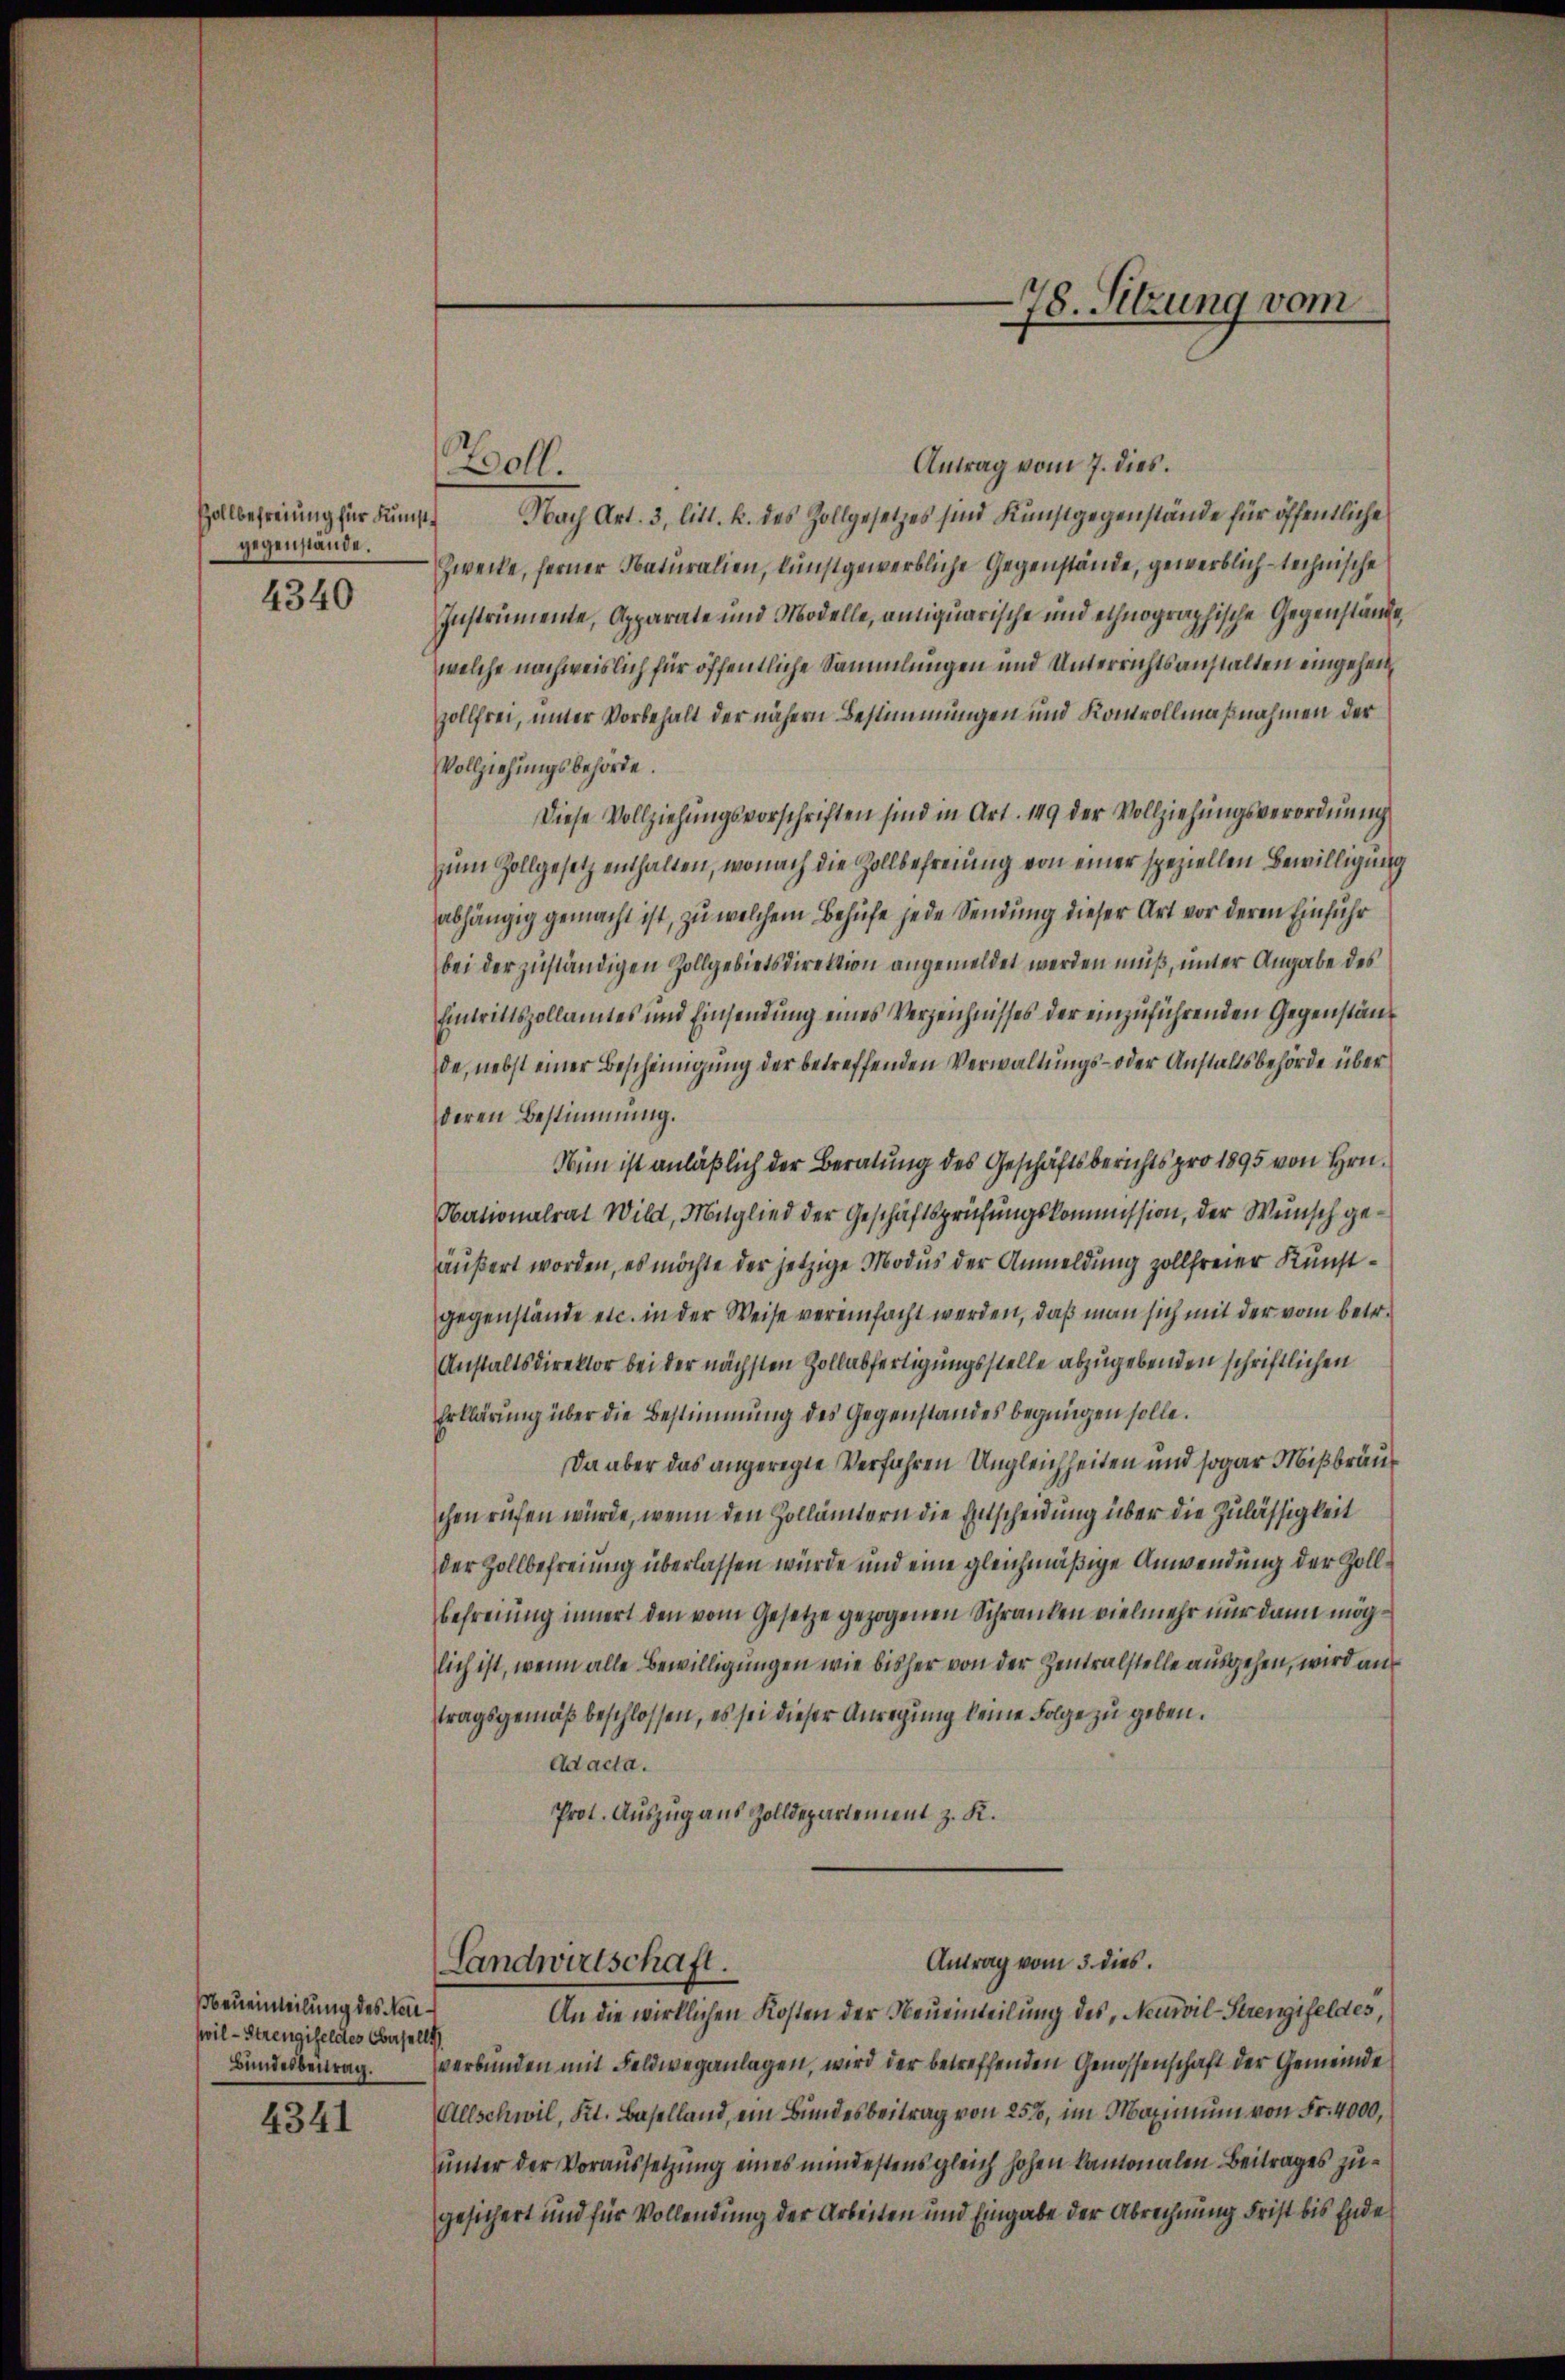
Zollbefreiung für Kunstgegenstände.

4340

beueinteilung des Neuswil - Strengifeldes Obersells
Bundesbeitrag.
4341

Antrag vom 7. dies.
Nach Art. 3, litt. k. des Zollgesetzes sind Kunstgegenstände für öffentliche
Zwecke, ferner Naturalien, kunstgewerbliche Gegenstände, gewerblich-technische
Instrumente, Apparate und Modelle, antiquarische und ethnographische Gegenstände,
welche nachweislich für öffentliche Sammlungen und Unterrichtsanstalten eingeheilzollfrei, unter Vorbehalt der nähern Bestimmungen und Kontrollmaßnahmen der
Vollziehungsbehörde.
Diese Vollziehungsvorschriften sind in Art. 149 der Vollziehungsverordnung
zum Zollgesetz enthalten, wonach die Zollbefreiung von einer speziellen Bewilligung
abhängig gemacht ist, zu welchem Behufe jede Sendung dieser Art vor deren Einfuhr
bei der zuständigen Zollgebietsdirektion angemeldet werden muß, unter Angabe des
Eintrittszollamtes und Einsendung eines Verzeichnisses der einzuführenden Gegenstände, nebst einer Bescheinigung der betreffenden Verwaltungs- oder Anstaltsbehörde über
deren Bestimmung.
Nun ist anläßlich der Beratung des Geschäftsberichts pro 1895 von Hrn.
Obationalrat Wild, Mitglied der Geschäftsprüfungskommission, der Wunsch geäußert worden, es möchte der jetzige Modus der Anmeldung zollfreier Kunstgegenstände etc. in der Weise vereinfacht werden, daß man sich mit der vom betr.
Anstaltsdirektor bei der nächsten Zollabfertigungsstelle abzugebenden schriftlichen
Erklärung über die Bestimmung des Gegenstandes begnügen solle.
Da aber das angeregte Verfahren Ungleichheiten und sogar Mißbräu
chen rufen würde, wenn den Zollämtern die Entscheidung über die Zulässigkeit
der Zollbefreiung überlassen würde und eine gleichmäßige Anwendung der Zollbefreiung innert den vom Gesetze gezogenen Schranken vielmehr nur dann möglich ist, wenn alle Bewilligungen wie bisher von der Zentralstelle ausgehen, wird aus
tragsgemäß beschlossen, es sei dieser Anregung keine Folge zu geben.
Ad acta.
Prot. Auszug aus Zolldepartement z. K.
Antrag vom 3. dies
Landwirtschaft.
An die wirklichen Kosten der Neueinteilung des, Neuvil-Strengifeldes,
verbunden mit Feldweganlagen, wird der betreffenden Genossenschaft der Gemeinde
Allschwil, Kt. Baselland, ein Bundesbeitrag von 25%, im Maximum von Fr. 4000,
unter der Voraussetzung eines mindestens gleich hohen kantonalen Beitrages zugesichert und für Vollendung der Arbeiten und Eingabe der Abrechnung Frist bis Ende

Woll.

78. Sitzung vom